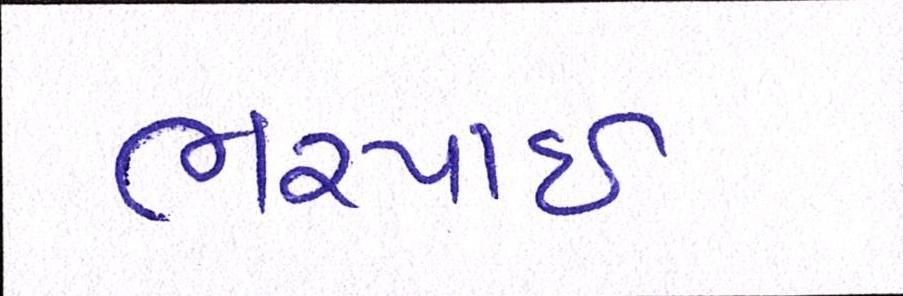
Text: ભરપાઈ